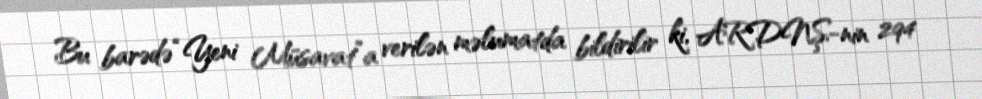
Bu barədə “Yeni Müsavat”a verilən məlumatda bildirilir ki, ARDNŞ-nin 294